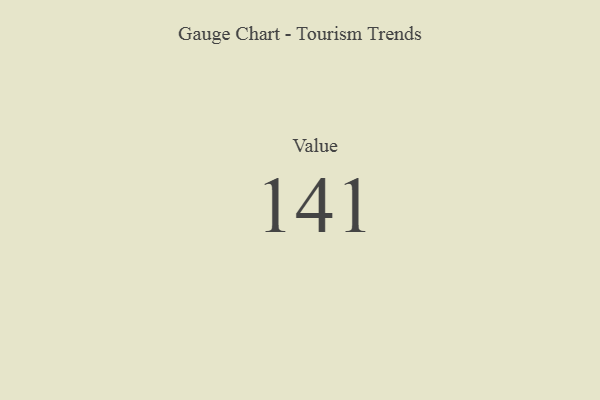
{"axis": {"x": "Metric", "y": "Value"}, "legend": [""], "data": [{"x": "Value", "y": 141, "type": ""}]}